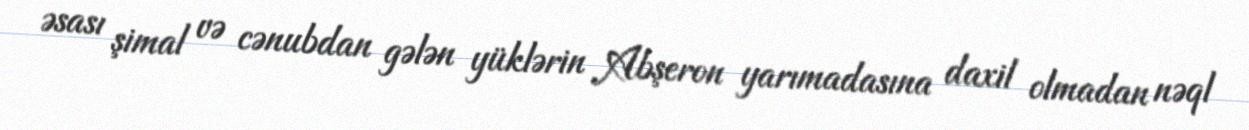
əsası şimal və cənubdan gələn yüklərin Abşeron yarımadasına daxil olmadan nəql